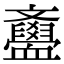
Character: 𣁫